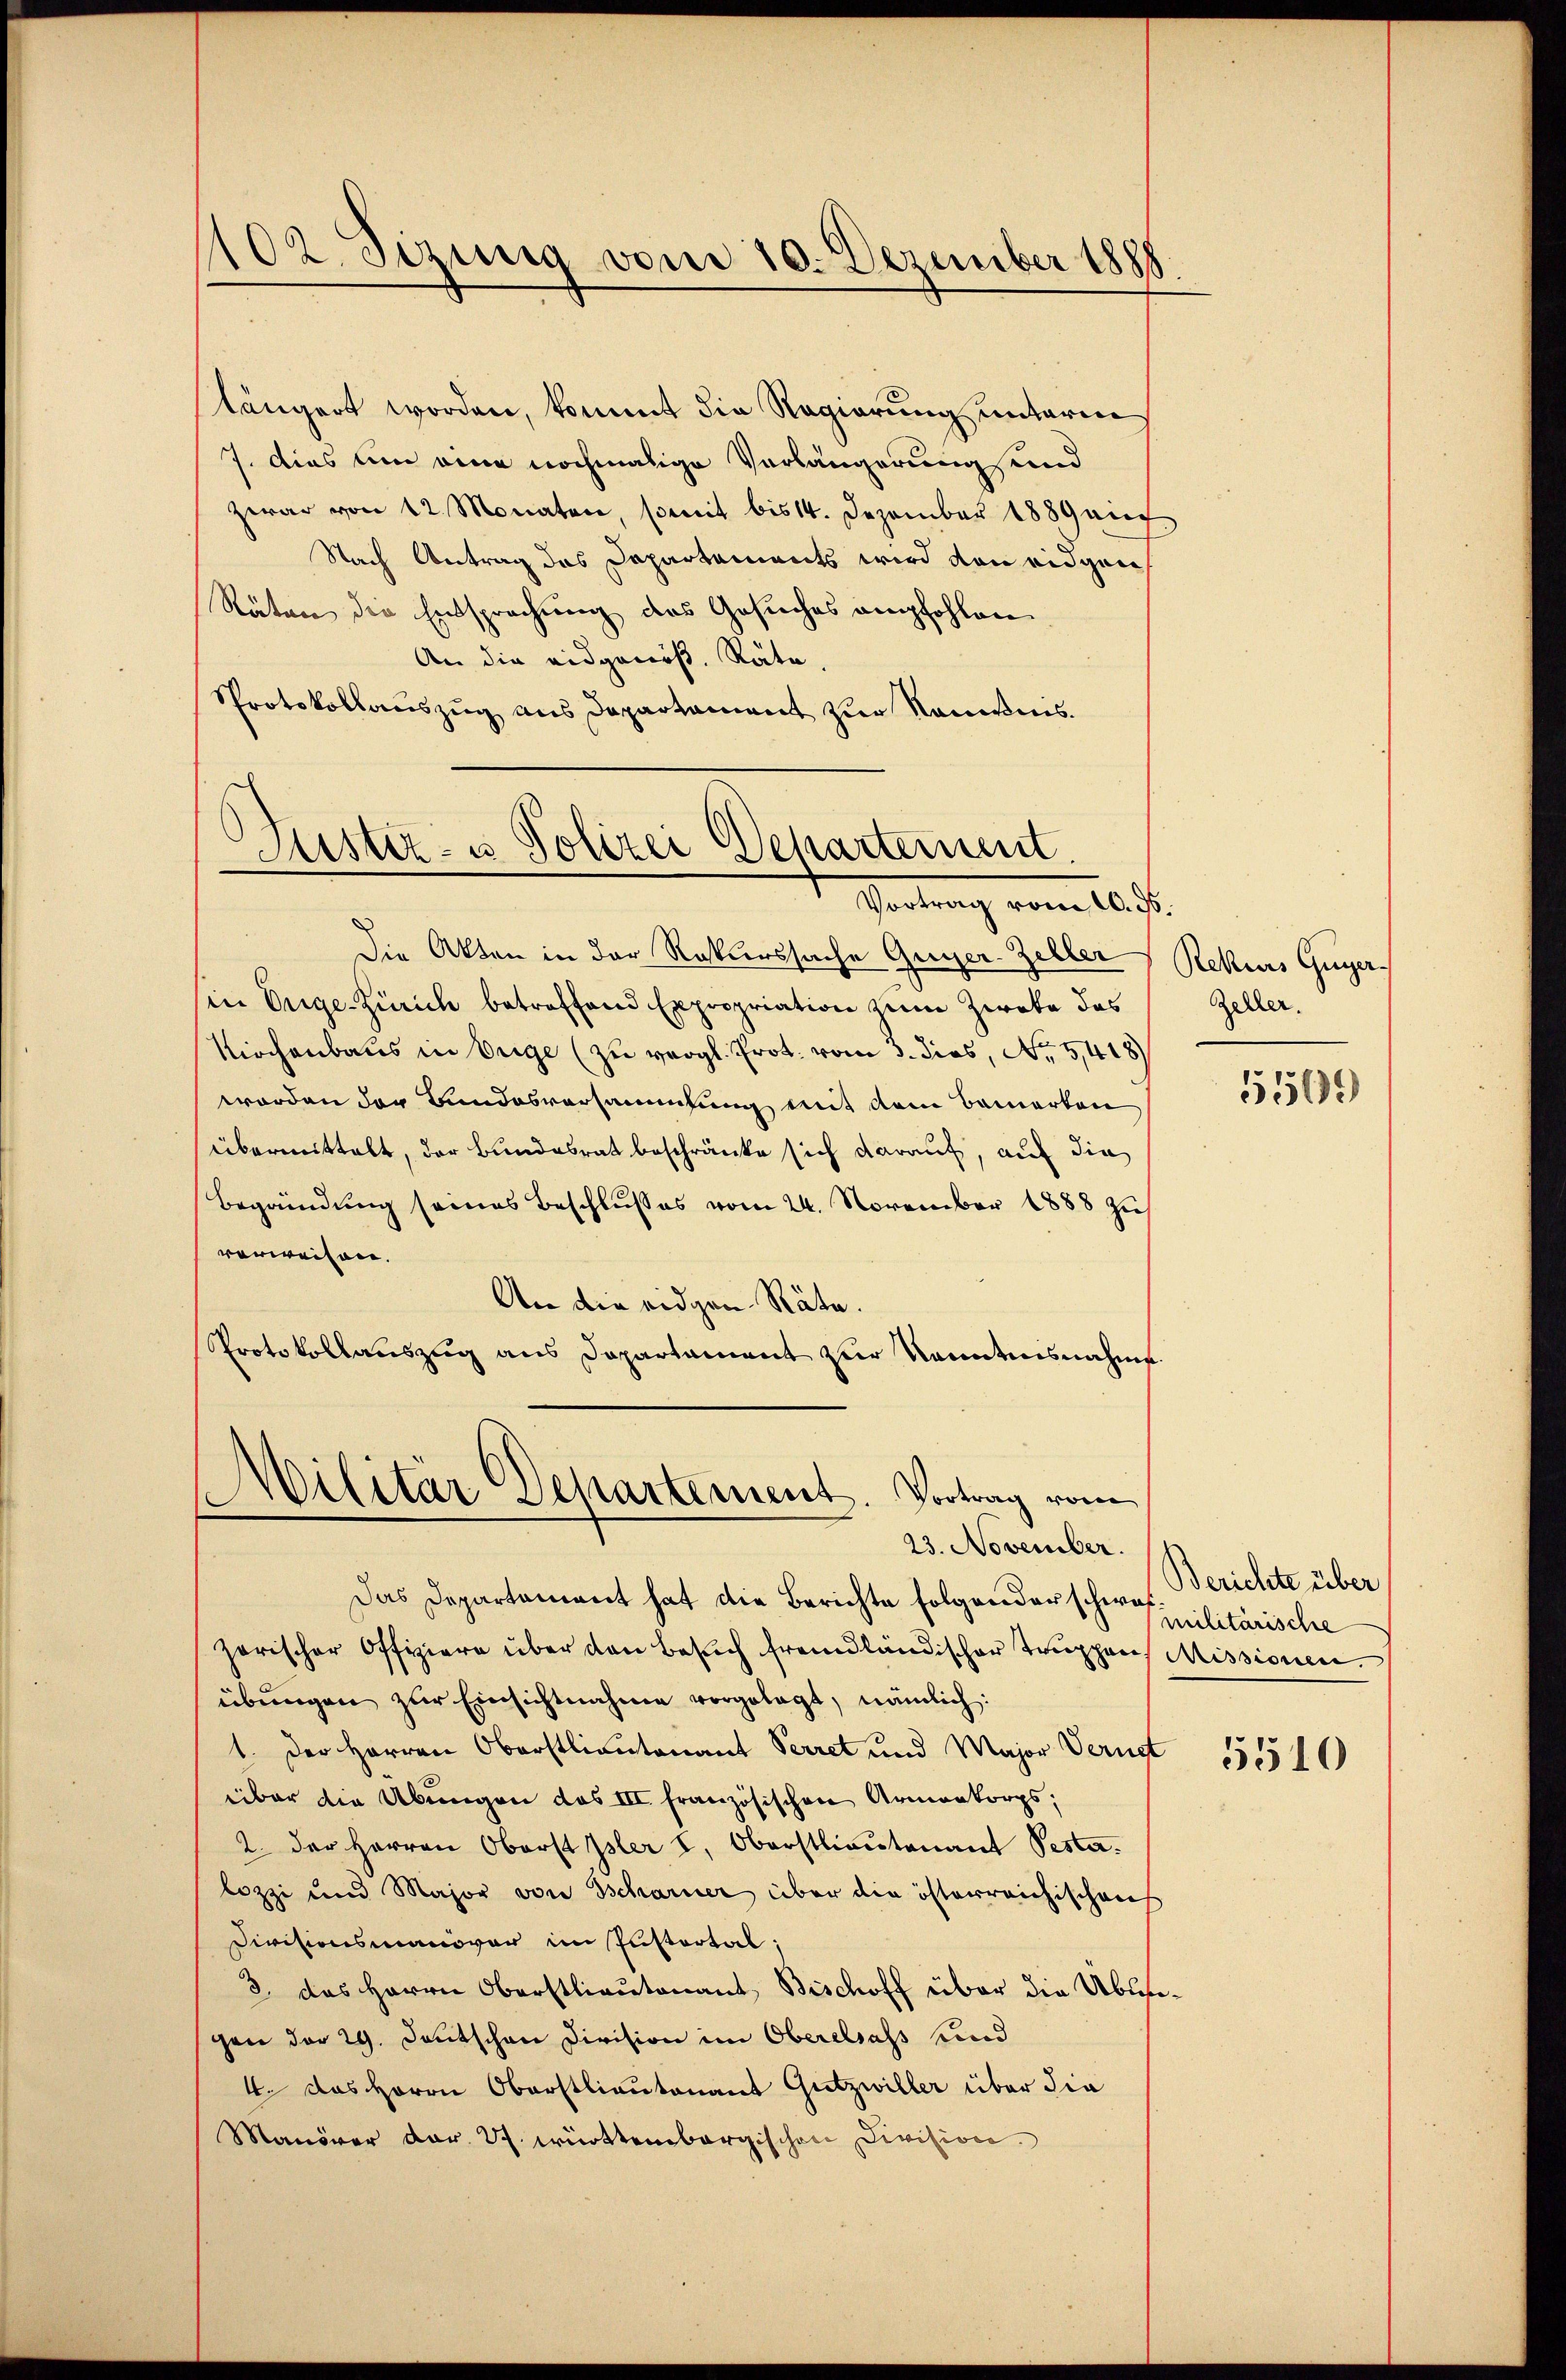
102. Sizung vom 10. Dezember 1888

längert worden, kommt die Regierung unterm
7. Dies um eine nochmalige Verlängerung send
zwar von 12 Monaten, somit bis 14. Dezember 1889 ang
Nach Antrag das Departements wird von eidgen
Räten die Entsprechung des Gesuches empfohlen.
An die eidgenöß. Räte
Protokollauszug aus Departament zur Nominis

Justiz- u Polizei Departement.
Vortrag vom 10. ds.

Die Akten in der Rekurssache Guger-Zeller Rekurs Guyer.
in Enge-Zürich betreffend Expropriation zum Zweke das
Kirchenbaus in Enge (zu vergl. Pro. vom 3. dies, No 5,418
worden der Bundesversammlung mit dem Bemerten
übermittalt, der Bundesrat beschränke sich darauf, auf die
Begründung seines Beschlusses vom 24. November 1888 zieh
vorweisen.
An die eidgen Räte.
Protokollauszug aus Departament zur Kenntnisnahme

dilitär Departement. Vortrag vom

23. November.

Das Departement hat die Berichte folgender scher iilitärische
zerischer Offiziere über den Besuch fremdländischer Truppen Missionen.
übŭngen zŭr Einsichtnahme vorgelegt, nämlich:
1. Der Herren Oberstlieutenant Perret und Major Verurt
über die Übungen das III französischen Armenkorps;
2. der Herren Oberst Isler L. Oberstlieutenant Pesta
lozzi und Major von Scharner über die österreichischens
Divisionsmanovar im Pistortal;
3. das Herrn Oberstlieutenant Bischoff über die Übungen der 29. Deutschen Division im Oberelsass und
4. Das Herrn Oberstlieutenant Gutzwiller über die
Manöver dar. 27. württembergischen Division.

Zeller.
5509

Berichte über

5510